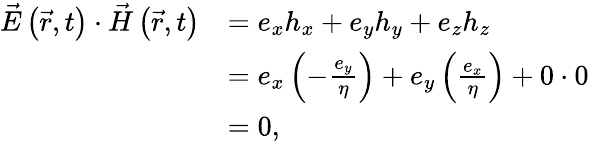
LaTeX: {\begin{array}{rl}{{\vec{E}}\left({\vec{r}},t\right)\cdot{\vec{H}}\left({\vec{r}},t\right)}&{=e_{x}h_{x}+e_{y}h_{y}+e_{z}h_{z}}\\ &{=e_{x}\left(-{\frac{e_{y}}{\eta}}\right)+e_{y}\left({\frac{e_{x}}{\eta}}\right)+0\cdot 0}\\ &{=0,}\end{array}}